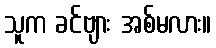
သူက ခင်ဗျား အစ်မလား။